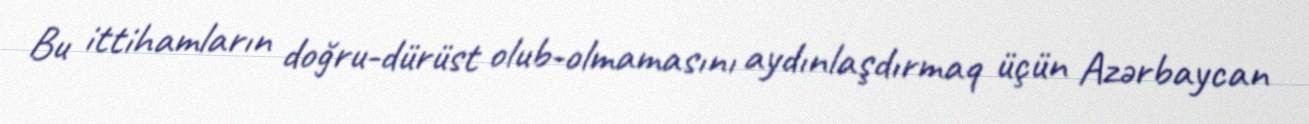
Bu ittihamların doğru-dürüst olub-olmamasını aydınlaşdırmaq üçün Azərbaycan